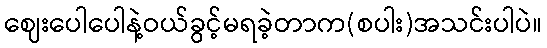
ဈေးပေါပေါနဲ့ဝယ်ခွင့်မရခဲ့တာက(စပါး)အသင်းပါပဲ။